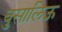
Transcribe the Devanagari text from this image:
बुसालिऊ